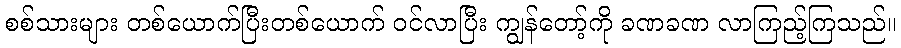
စစ်သားများ တစ်ယောက်ပြီးတစ်ယောက် ဝင်လာပြီး ကျွန်တော့်ကို ခဏခဏ လာကြည့်ကြသည်။